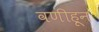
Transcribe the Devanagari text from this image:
वणीहून